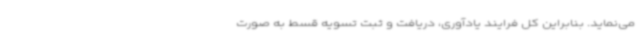
می‌نماید. بنابراین کل فرایند یادآوری، دریافت و ثبت تسویه قسط به صورت